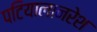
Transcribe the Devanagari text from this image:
पटियालानरेश